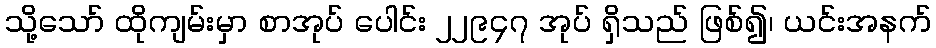
သို့သော် ထိုကျမ်းမှာ စာအုပ် ပေါင်း ၂၂၉၄၇ အုပ် ရှိသည် ဖြစ်၍၊ ယင်းအနက်